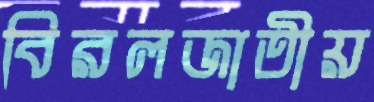
বিরলজাতীয়